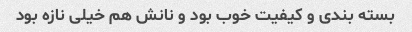
بسته بندی و کیفیت خوب بود و نانش هم خیلی نازه بود